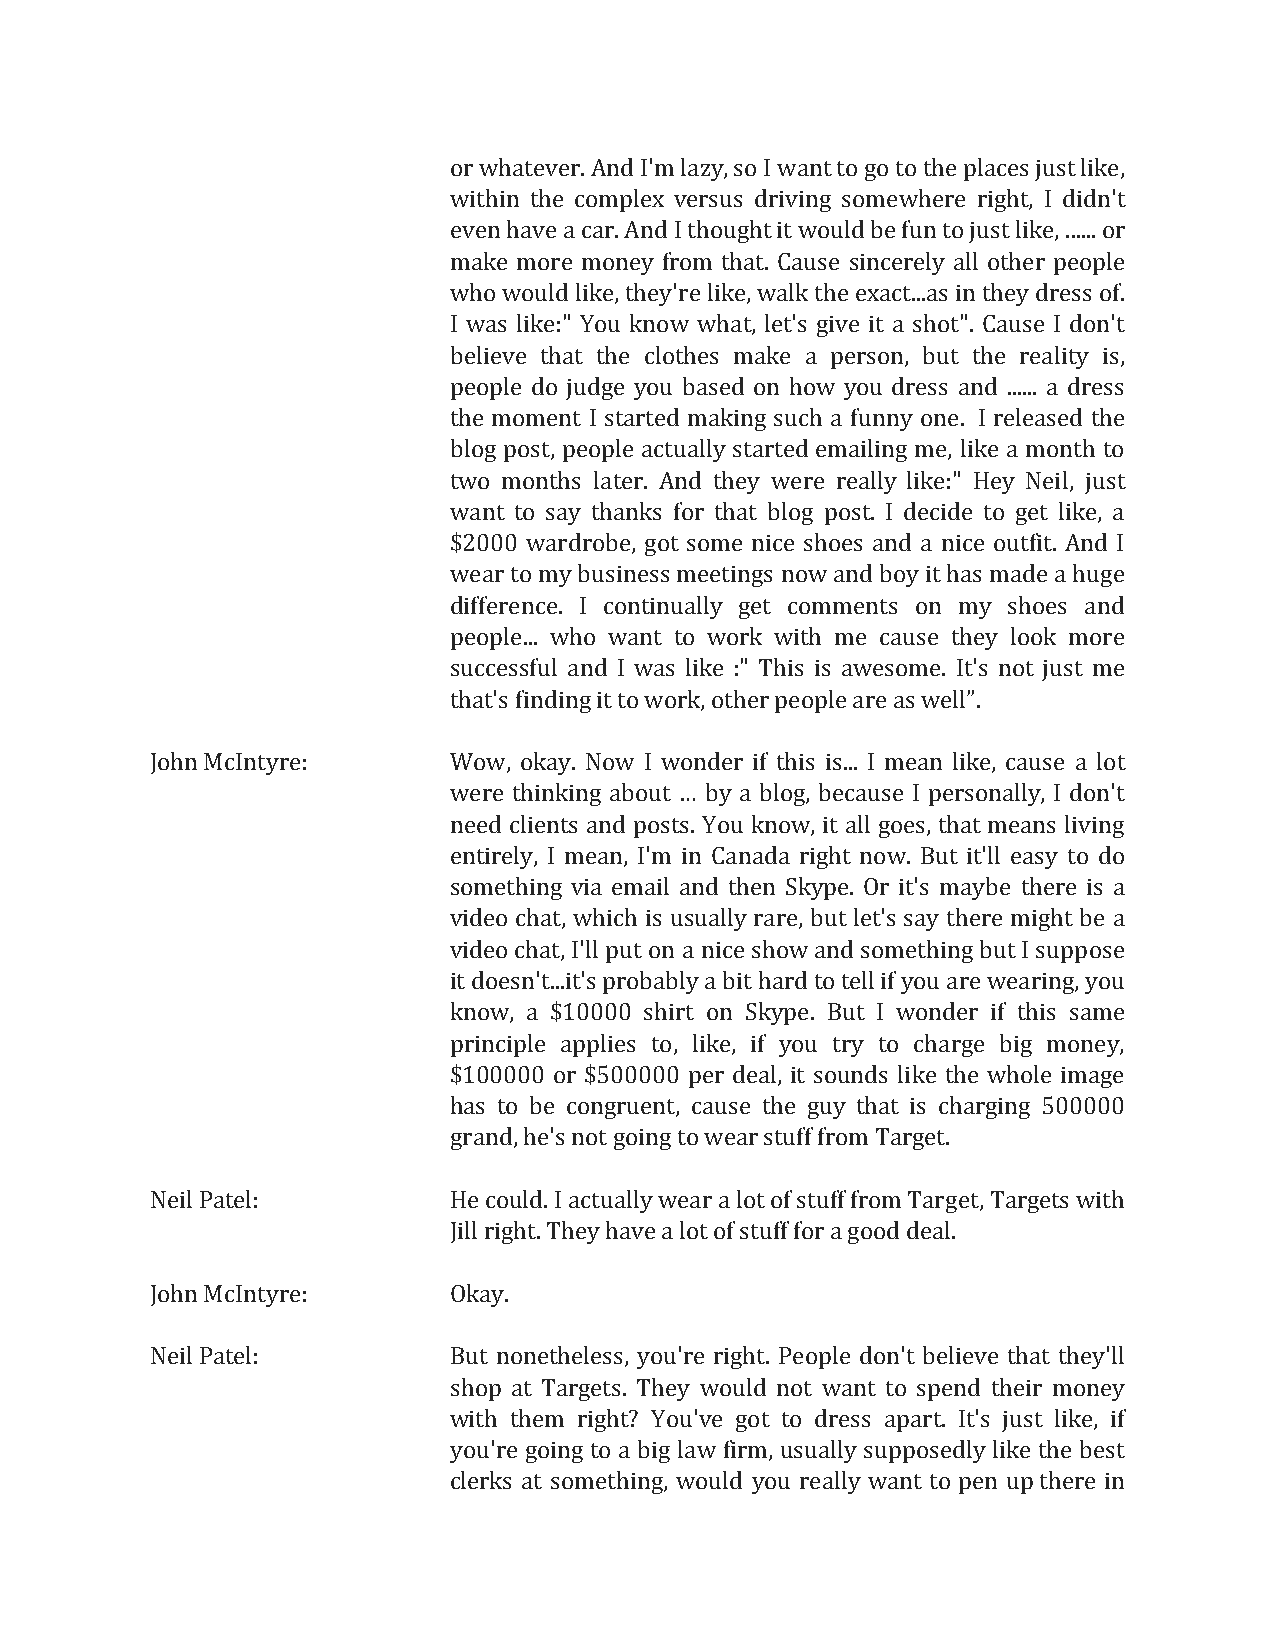
or whatever. And I'm lazy, so I want to go to the places just like,
 within the complex versus driving somewhere right, I didn't
 even have a car. And I thought it would be fun to just like, ...... or
 make more money from that. Cause sincerely all other people
 who would like, they're like, walk the exact...as in they dress of.
 I was like:" You know what, let's give it a shot". Cause I don't
 believe that the clothes make a person, but the reality is,
 people do judge you based on how you dress and ...... a dress
 the moment I started making such a funny one. I released the
 blog post, people actually started emailing me, like a month to
 two months later. And they were really like:" Hey Neil, just
 want to say thanks for that blog post. I decide to get like, a
 $2000 wardrobe, got some nice shoes and a nice outfit. And I
 wear to my business meetings now and boy it has made a huge
 difference. I continually get comments on my shoes and
 people... who want to work with me cause they look more
 successful and I was like :" This is awesome. It's not just me
 .
 John McIntyre:
 t Wha ot w's
 ,
 f oin kd ai yn
 .
 g
 N
 i ot wto Iw wor ok n, do eth
 r
 e ir
 f
 p the io sp il se
 .
 .a
 .
 r Ie
 m
 as
 e
 aw ne l ll i”
 ke, cause a lot
 were thinking about by a blog, because I personally, I don't
 need clients and posts. You know, it all goes, that means living
 …
 entirely, I mean, I'm in Canada right now. But it'll easy to do
 something via email and then Skype. Or it's maybe there is a
 video chat, which is usually rare, but let's say there might be a
 video chat, I'll put on a nice show and something but I suppose
 it doesn't...it's probably a bit hard to tell if you are wearing, you
 know, a $10000 shirt on Skype. But I wonder if this same
 principle applies to, like, if you try to charge big money,
 $100000 or $500000 per deal, it sounds like the whole image
 has to be congruent, cause the guy that is charging 500000
 grand, he's not going to wear stuff from Target.
 Neil Patel:         He could. I actually wear a lot of stuff from Target, Targets with
 Jill right. They have a lot of stuff for a good deal.
 John McIntyre:      Okay.
 Neil Patel:         But nonetheless, you're right. People don't believe that they'll
 shop at Targets. They would not want to spend their money
 with them right? You've got to dress apart. It's just like, if
 you're going to a big law firm, usually supposedly like the best
 clerks at something, would you really want to pen up there in